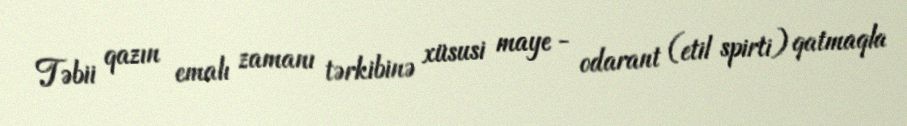
Təbii qazın emalı zamanı tərkibinə xüsusi maye - odarant (etil spirti) qatmaqla